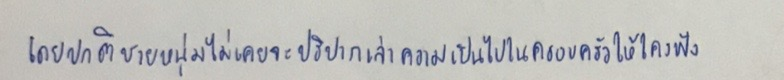
โดยปกติชายหนุ่มไม่เคยจะปริปากเล่าความเป็นไปในครอบครัวให้ใครฟัง